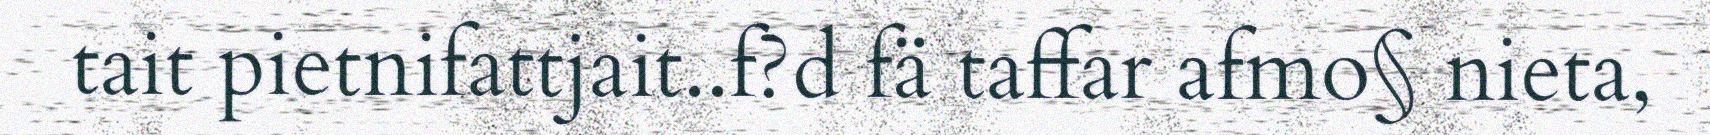
tait pietnifattjait..f?d fä taffar afmo§ nieta,